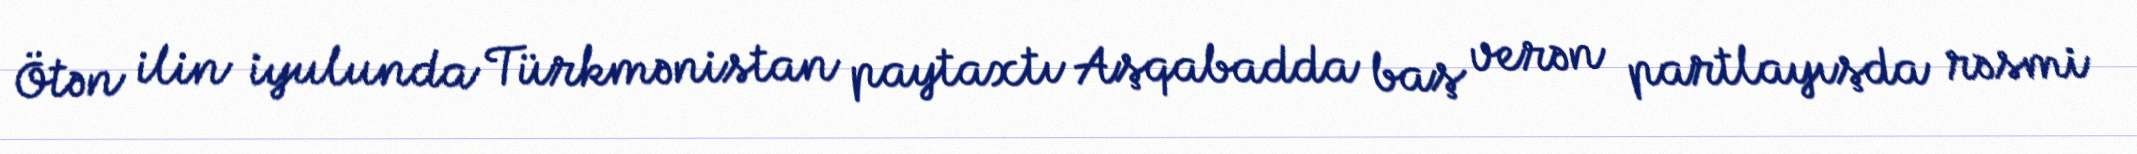
Ötən ilin iyulunda Türkmənistan paytaxtı Aşqabadda baş verən partlayışda rəsmi